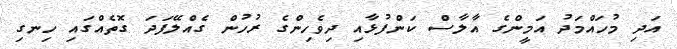
އަދި މުހައްމަދު އަމީންގެ އާލާސް ކަންފުޅާއި ދިވެހިންގެ ރުހުން ގެއްލޭފަދަ ގޮތެއްގައި ހިނގި